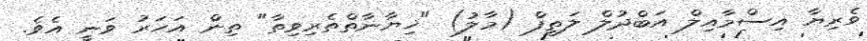
ވެރިޔާ އިސްމާއިލް އަބްދުލް ލަތީފް (މާލު) "ޚިޔާނާތްތެރިވިތާ" ތިން އަހަރު ވަނީ އެވެ.